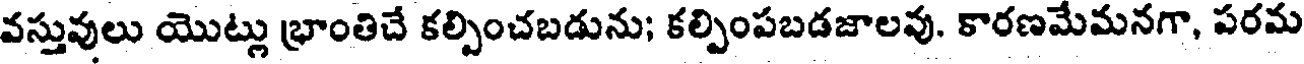
వస్తువులు యొట్లు భ్రాంతిచే కల్పించబడును; కల్పింపబడజాలవు. కారణమేమనగా, పరమ